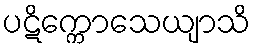
ပဋိက္ကောသေယျာသိ